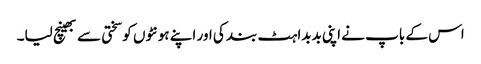
اس کے باپ نے اپنی بدبداہٹ بند کی اور اپنے ہونٹوں کو سختی سے بھینچ لیا۔